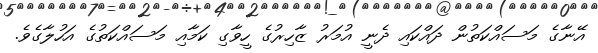
އޭނާގެ މަސައްކަތުން ދައްކައި ދެނީ އުމަރު ޒާހިރުގެ ހީވާގި ކަމާއި މަސައްކަތުގެ އަހުލާގެވެ.